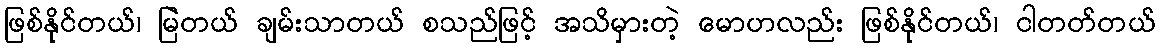
ဖြစ်နိုင်တယ်၊ မြဲတယ် ချမ်းသာတယ် စသည်ဖြင့် အသိမှားတဲ့ မောဟလည်း ဖြစ်နိုင်တယ်၊ ငါတတ်တယ်